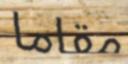
مقاما